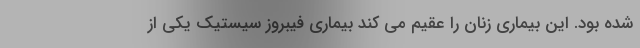
شده بود. این بیماری زنان را عقیم می کند بیماری فیبروز سیستیک یکی از